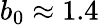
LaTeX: b_{0}\approx 1.4